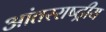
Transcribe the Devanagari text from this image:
आंतरराष्‍ट्रीय